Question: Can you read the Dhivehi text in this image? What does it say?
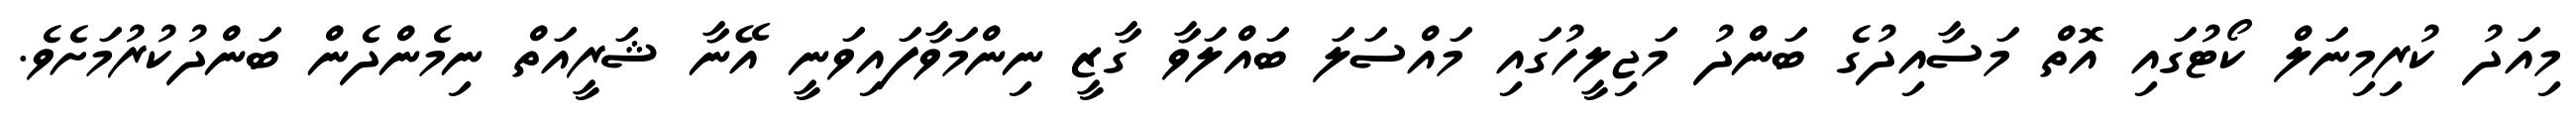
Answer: މިއަދު ކުރިމިނަލް ކޯޓުގައި އޮތް މަސާއިދުގެ ބަންދު މަޖިލީހުގައި މައްސަލަ ބައްލަވާ ގާޒީ ނިންމަވާފައިވަނީ އޭނާ ޝަރީއަތް ނިމެންދެން ބަންދުކުރުމަށެވެ.